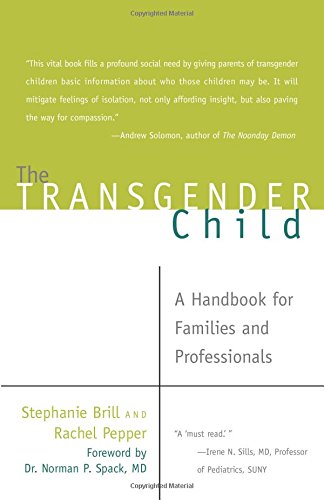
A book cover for The Transgender Child: A Handbook for Families and Professionals; Stephanie A. Brill; Gay & Lesbian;